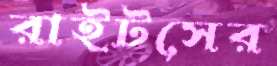
রাইটসের